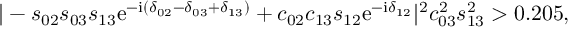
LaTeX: | - s _ { 0 2 } s _ { 0 3 } s _ { 1 3 } \mathrm { e } ^ { - \mathrm { i } ( \delta _ { 0 2 } - \delta _ { 0 3 } + \delta _ { 1 3 } ) } + c _ { 0 2 } c _ { 1 3 } s _ { 1 2 } \mathrm { e } ^ { - \mathrm { i } \delta _ { 1 2 } } | ^ { 2 } c _ { 0 3 } ^ { 2 } s _ { 1 3 } ^ { 2 } > 0 . 2 0 5 ,